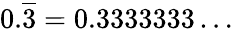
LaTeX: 0.{\overline{{3}}}=0.3333333\dots